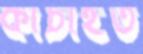
কাঁচাইত